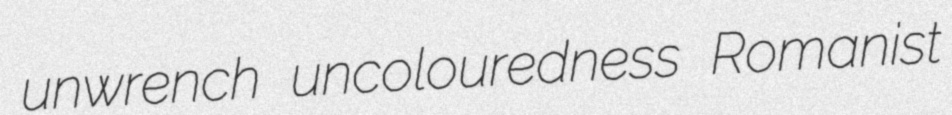
unwrench uncolouredness Romanist